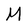
Character: M